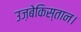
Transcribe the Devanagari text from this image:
उज़बेकिस्तान।